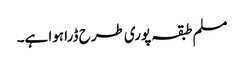
مسلم طبقہ پوری طرح ڈرا ہوا ہے۔